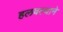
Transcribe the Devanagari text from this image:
हलवल्याने